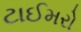
ટાઈમરો